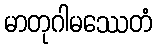
မာတုဂါမဿေတံ